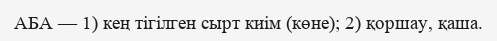
АБА — 1) кең тігілген сырт киім (көне); 2) қоршау, қаша.